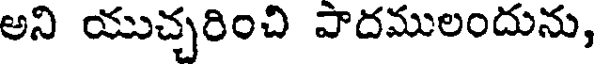
అని యుచ్చరించి పాదములందును,